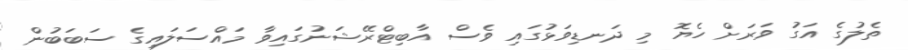
ތެލުގެ އަގު ވަރަށް ހެޔޮ މި ދަނޑިވަޅުގައި ވެސް އާބިޓްރޭޝަނުގައިވާ މައްސަލައިގެ ސަބަބުން